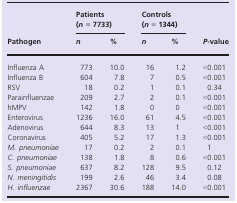
<table><thead><tr><td rowspan="2"><b>Pathogen</b></td><td colspan="2"><b>Patients (<i>n</i> = 7733)</b></td><td colspan="2"><b>Controls (<i>n</i> = 1344)</b></td><td rowspan="2"><b><i>P</i>-value</b></td></tr><tr><td><b><i>n</i></b></td><td><b>%</b></td><td><b><i>n</i></b></td><td><b>%</b></td></tr></thead><tbody><tr><td>Influenza A</td><td>773</td><td>10.0</td><td>16</td><td>1.2</td><td>&lt;0.001</td></tr><tr><td>Influenza B</td><td>604</td><td>7.8</td><td>7</td><td>0.5</td><td>&lt;0.001</td></tr><tr><td>RSV</td><td>18</td><td>0.2</td><td>1</td><td>0.1</td><td>0.34</td></tr><tr><td>Parainfluenzae</td><td>209</td><td>2.7</td><td>2</td><td>0.1</td><td>&lt;0.001</td></tr><tr><td>hMPV</td><td>142</td><td>1.8</td><td>0</td><td>0</td><td>&lt;0.001</td></tr><tr><td>Enterovirus</td><td>1236</td><td>16.0</td><td>61</td><td>4.5</td><td>&lt;0.001</td></tr><tr><td>Adenovirus</td><td>644</td><td>8.3</td><td>13</td><td>1</td><td>&lt;0.001</td></tr><tr><td>Coronavirus</td><td>405</td><td>5.2</td><td>17</td><td>1.3</td><td>&lt;0.001</td></tr><tr><td><i>M. pneumoniae</i></td><td>17</td><td>0.2</td><td>2</td><td>0.1</td><td>1</td></tr><tr><td><i>C. pneumoniae</i></td><td>138</td><td>1.8</td><td>8</td><td>0.6</td><td>&lt;0.001</td></tr><tr><td><i>S. pneumoniae</i></td><td>637</td><td>8.2</td><td>128</td><td>9.5</td><td>0.12</td></tr><tr><td><i>N. meningitidis</i></td><td>199</td><td>2.6</td><td>46</td><td>3.4</td><td>0.08</td></tr><tr><td><i>H. influenzae</i></td><td>2367</td><td>30.6</td><td>188</td><td>14.0</td><td>&lt;0.001</td></tr></tbody></table>